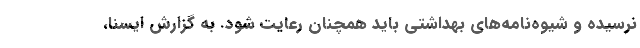
نرسیده و شیوه‌نامه‌های بهداشتی باید همچنان رعایت شود. به گزارش ایسنا،